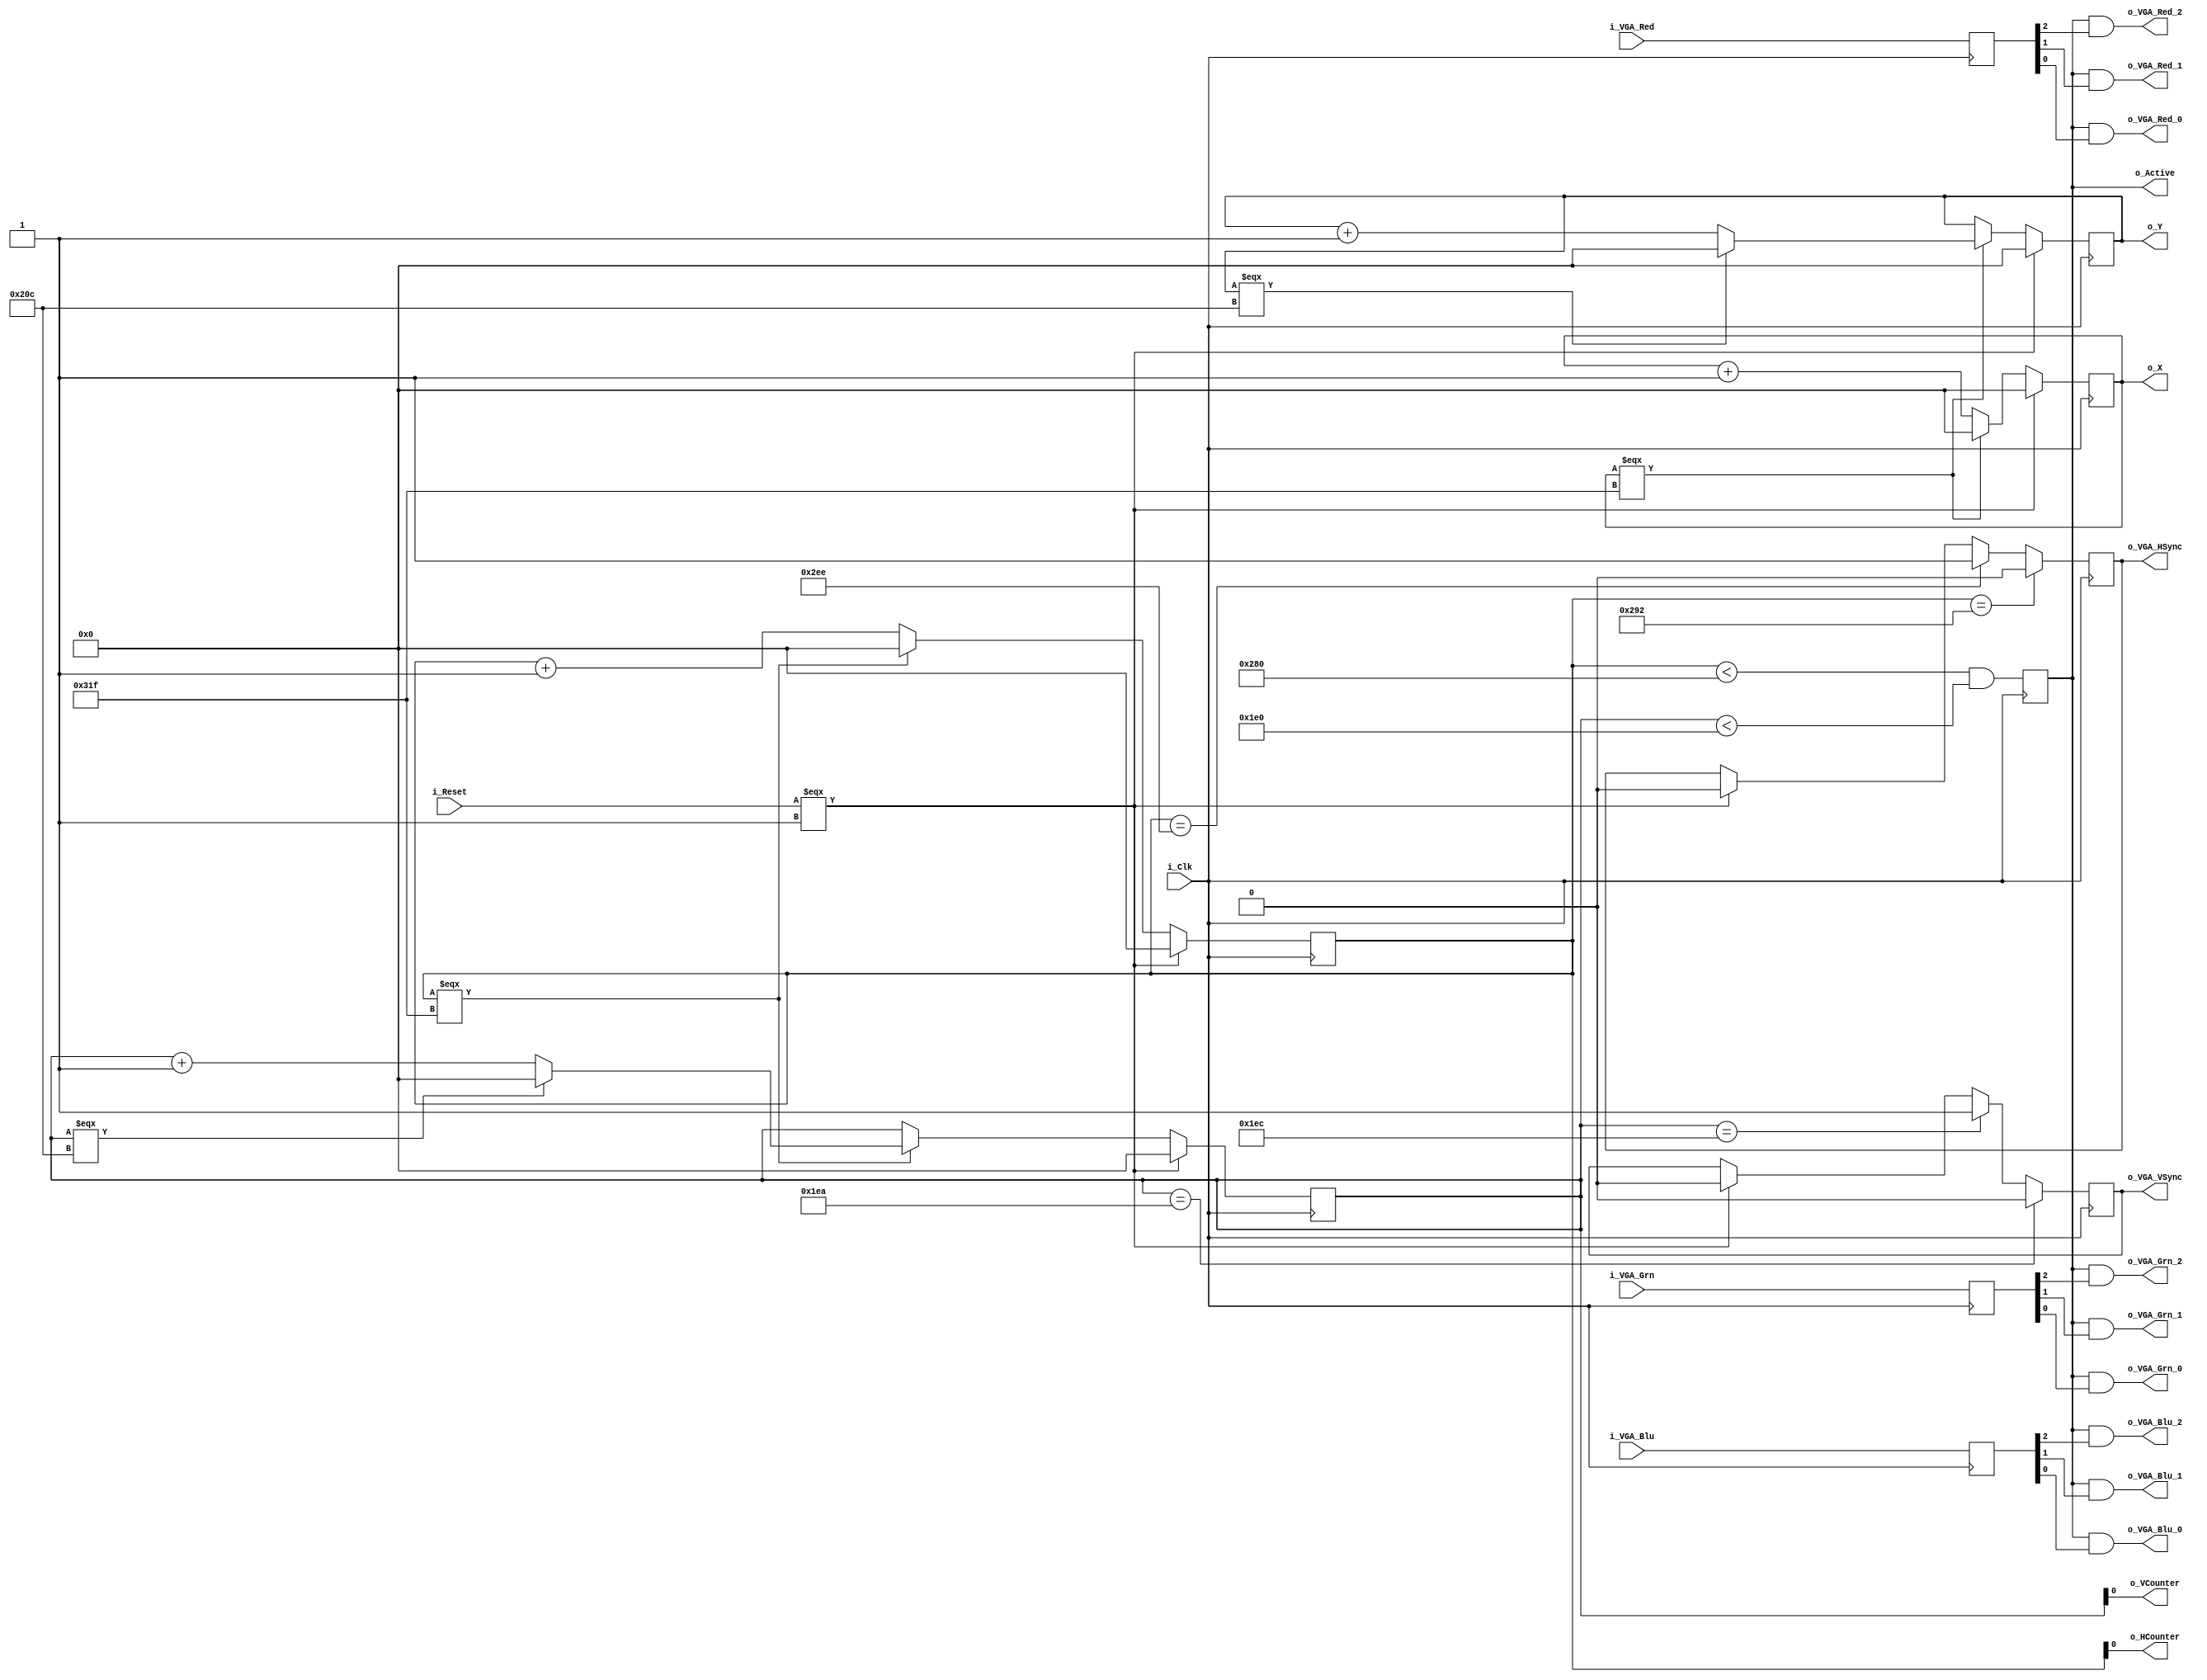
module VGA_Controller (
  input i_Clk,
  input i_Reset,
  input [2:0] i_VGA_Red,
  input [2:0] i_VGA_Grn,
  input [2:0] i_VGA_Blu,
  // Useful outputs
  output [11:0] o_X,
  output [11:0] o_Y,
  output o_Active,
  // Boring outputs
  output o_VGA_HSync,
  output o_VGA_VSync,
  output o_VGA_Red_2,
  output o_VGA_Red_1,
  output o_VGA_Red_0,
  output o_VGA_Grn_2,
  output o_VGA_Grn_1,
  output o_VGA_Grn_0,
  output o_VGA_Blu_2,
  output o_VGA_Blu_1,
  output o_VGA_Blu_0,
  output o_HCounter,
  output o_VCounter
  );
  
  parameter LEAD_CYCLES = 12'd0;
  
  parameter H_TOTAL_WIDTH = 12'd800;
  parameter H_VISIBLE_WIDTH = 12'd640;
  parameter H_FRONT_PORCH = 12'd18;
  parameter H_BACK_PORCH = 12'd50;
  parameter H_START = H_VISIBLE_WIDTH + H_FRONT_PORCH;
  parameter H_FINISH = H_TOTAL_WIDTH - H_BACK_PORCH;
  
  parameter V_TOTAL_HEIGHT = 12'd525;
  parameter V_VISIBLE_HEIGHT = 12'd480;
  parameter V_FRONT_PORCH = 12'd10;
  parameter V_BACK_PORCH = 12'd33;
  parameter V_START = V_VISIBLE_HEIGHT + V_FRONT_PORCH;
  parameter V_FINISH = V_TOTAL_HEIGHT - V_BACK_PORCH;
  
  reg [2:0] r_VGA_Red;
  reg [2:0] r_VGA_Grn;
  reg [2:0] r_VGA_Blu;
  
  reg [11:0] r_HCounter = 12'b0;
  reg [11:0] r_VCounter = 12'b0;
  reg [11:0] r_X = LEAD_CYCLES;
  reg [11:0] r_Y = 12'b0;
  reg r_HSync = 1'b1;
  reg r_VSync = 1'b1;
  reg r_Active = 1'b0;
  
  always @ (posedge i_Clk) begin
    if (i_Reset === 1'b1) begin
      r_HCounter <= 12'b0;
      r_VCounter <= 12'b0;
      r_HSync <= 1'b0;
      r_VSync <= 1'b0;
      // r_X and r_Y are same as HCounter and VCounter, but have
      // a lead time of N clock cycles, so that the module user
      // can have time to set the color based on the X,Y "on deck"
      // so to speak.
      r_X <= LEAD_CYCLES;
      r_Y <= 12'b0;
    end else begin
      if (r_HCounter === H_TOTAL_WIDTH - 1) begin
        r_HCounter <= 12'b0;
        if (r_VCounter === V_TOTAL_HEIGHT - 1) begin
          r_VCounter <= 12'b0;
          r_X <= LEAD_CYCLES;
        end else begin
          r_VCounter <= r_VCounter + 1;
        end
      end else begin
        r_HCounter <= r_HCounter + 1;
      end
      // Exact same logic for r_X, r_Y.
      if (r_X === H_TOTAL_WIDTH - 1) begin
        r_X <= 12'b0;
        if (r_Y === V_TOTAL_HEIGHT - 1) begin
          r_Y <= 12'b0;
        end else begin
          r_Y <= r_Y + 1;
        end
      end else begin
        r_X <= r_X + 1;
      end
    end
    if (r_HCounter == H_START)
      r_HSync <= 1'b0;
    else if (r_HCounter == H_FINISH)
      r_HSync <= 1'b1;
    if (r_VCounter == V_START)
      r_VSync <= 1'b0;
    else if (r_VCounter == V_FINISH)
      r_VSync <= 1'b1;
    
    r_Active <= (r_HCounter < 12'd640) && (r_VCounter < 12'd480);
    r_VGA_Red <= i_VGA_Red;
    r_VGA_Grn <= i_VGA_Grn;
    r_VGA_Blu <= i_VGA_Blu;
  end
  
  // Outputs that might help the parent module decide
  // what color to output.
  assign o_X = r_X;
  assign o_Y = r_Y;
  
  // Current values
  assign o_Active = r_Active;
  assign o_HCounter = r_HCounter;
  assign o_VCounter = r_VCounter;
  
  // Boring output that's just for connecting to the VGA pins
  // so we don't have to worry about that in more than one place
  assign o_VGA_HSync = r_HSync;
  assign o_VGA_VSync = r_VSync;
  assign o_VGA_Red_2 = r_Active && r_VGA_Red[2];
  assign o_VGA_Red_1 = r_Active && r_VGA_Red[1];
  assign o_VGA_Red_0 = r_Active && r_VGA_Red[0];
  assign o_VGA_Grn_2 = r_Active && r_VGA_Grn[2];
  assign o_VGA_Grn_1 = r_Active && r_VGA_Grn[1];
  assign o_VGA_Grn_0 = r_Active && r_VGA_Grn[0];
  assign o_VGA_Blu_2 = r_Active && r_VGA_Blu[2];
  assign o_VGA_Blu_1 = r_Active && r_VGA_Blu[1];
  assign o_VGA_Blu_0 = r_Active && r_VGA_Blu[0];
  
endmodule